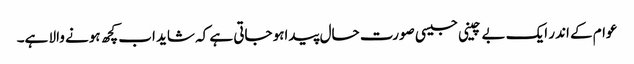
عوام کے اندر ایک بے چینی جیسی صورت حال پیداہو جاتی ہے کہ شاید اب کچھ ہونے والا ہے۔